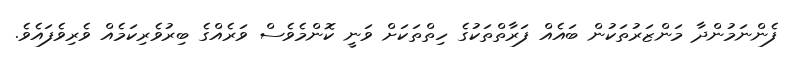
ފެންނަމުންދާ މަންޒަރުތަކުން ބައެއް ފަރާތްތަކުގެ ހިތްތަކަށް ވަނީ ކޮންމެވެސް ވަރެއްގެ ބިރުވެރިކަމެއް ވެރިވެފައެވެ.